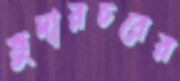
ভুদারচরের